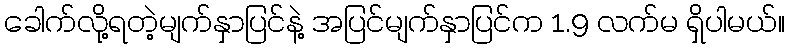
ခေါက်လို့ရတဲ့မျက်နှာပြင်နဲ့ အပြင်မျက်နှာပြင်က 1.9 လက်မ ရှိပါမယ်။